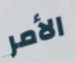
الأمر